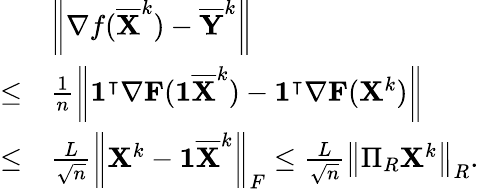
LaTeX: \begin{array}{rl}&{\left\| \nabla f(\overline{{{\mathbf{X}}}}^{k})-\overline{{{\mathbf{Y}}}}^{k}\right\| }\\ {\leq}&{\frac{1}{n}\left\| {\mathbf{1}}^{\intercal}\nabla{\mathbf{F}}({\mathbf{1}}\overline{{{\mathbf{X}}}}^{k})-{\mathbf{1}}^{\intercal}\nabla{\mathbf{F}}({\mathbf{X}}^{k})\right\| }\\ {\leq}&{\frac{L}{\sqrt{n}}\left\| {\mathbf{X}}^{k}-{\mathbf{1}}\overline{{{\mathbf{X}}}}^{k}\right\| _{F}\leq\frac{L}{\sqrt{n}}\left\| \Pi_{R}{\mathbf{X}}^{k}\right\| _{R}.}\end{array}